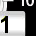
Digit: 1